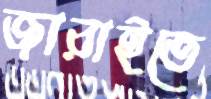
জারাইতে